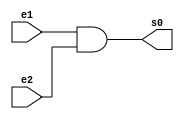
 /* 02.) Realizar a simulao de um operador de soma-completa
     usando pelo menos dois subcircuitos de meia-soma
     (modelo compacto AND, XOR, s0, s1 e s2).
     DICA Para abrir um subcircuito no Logisim, 
           clicar o boto direito sobre o nome do circuito
           e escolher o nome (evitar espaos em branco).
           Observar a seleo do circuitosubcircuito
           de trabalho (lupa).     */

module AndGate (s0,e1,e2);
       input e1,e2;
       output s0;

       assign s0= e1 & e2;
//       and AND1 (s0, e1,e2);
endmodule

module XorGate (s0,e1,e2);
       input e1,e2;
       output s0;

       assign s0 = (~e1 & e2) | (e1 & ~e2);
//       xor XOR1 (s0, e1,e2);
endmodule

module OrGate (s0,e1,e2);
       input e1,e2;
       output s0;

       assign s0 = e1 | e2;
//       or OR1 ( s0, e1, e2);
endmodule

module HalfAdder (s0,s1,e1,e2);
       input e1,e2;
       output s0,s1;

       AndGate AND1 (s1,e1,e2);
       XorGate XOR1 (s0,e1,e2);
endmodule

module SomaCompleta (s0,s1,e1,e2,e3);
       input e1,e2,e3;
       output s0,s1;
       wire   b,d,c;

       HalfAdder HA1 (b,d,e2,e3);
       HalfAdder HA2 (s0,c,e1,b);

       OrGate OR1 (s1,c,d);
endmodule

module Teste;
       reg e1,e2,e3;
       wire s0,s1,s2;

       SomaCompleta SC (s0,s1,e1,e2,e3);

       initial begin
       e1=0; e2=0; e3=0;

       $display ("Ex02_Guia04_Rafael Moreira Melo_405834");
       $display ("Teste EX02");

       $monitor ("%b %b %b = %b %b", e1,e2,e3,s1,s0);

       #1 e1=0; e2=0; e3=1;
       #1 e1=0; e2=1; e3=0;
       #1 e1=0; e2=1; e3=1;
       #1 e1=1; e2=0; e3=0;
       #1 e1=1; e2=0; e3=1;
       #1 e1=1; e2=1; e3=0;
       #1 e2=1; e2=1; e3=1;
       
       end
endmodule